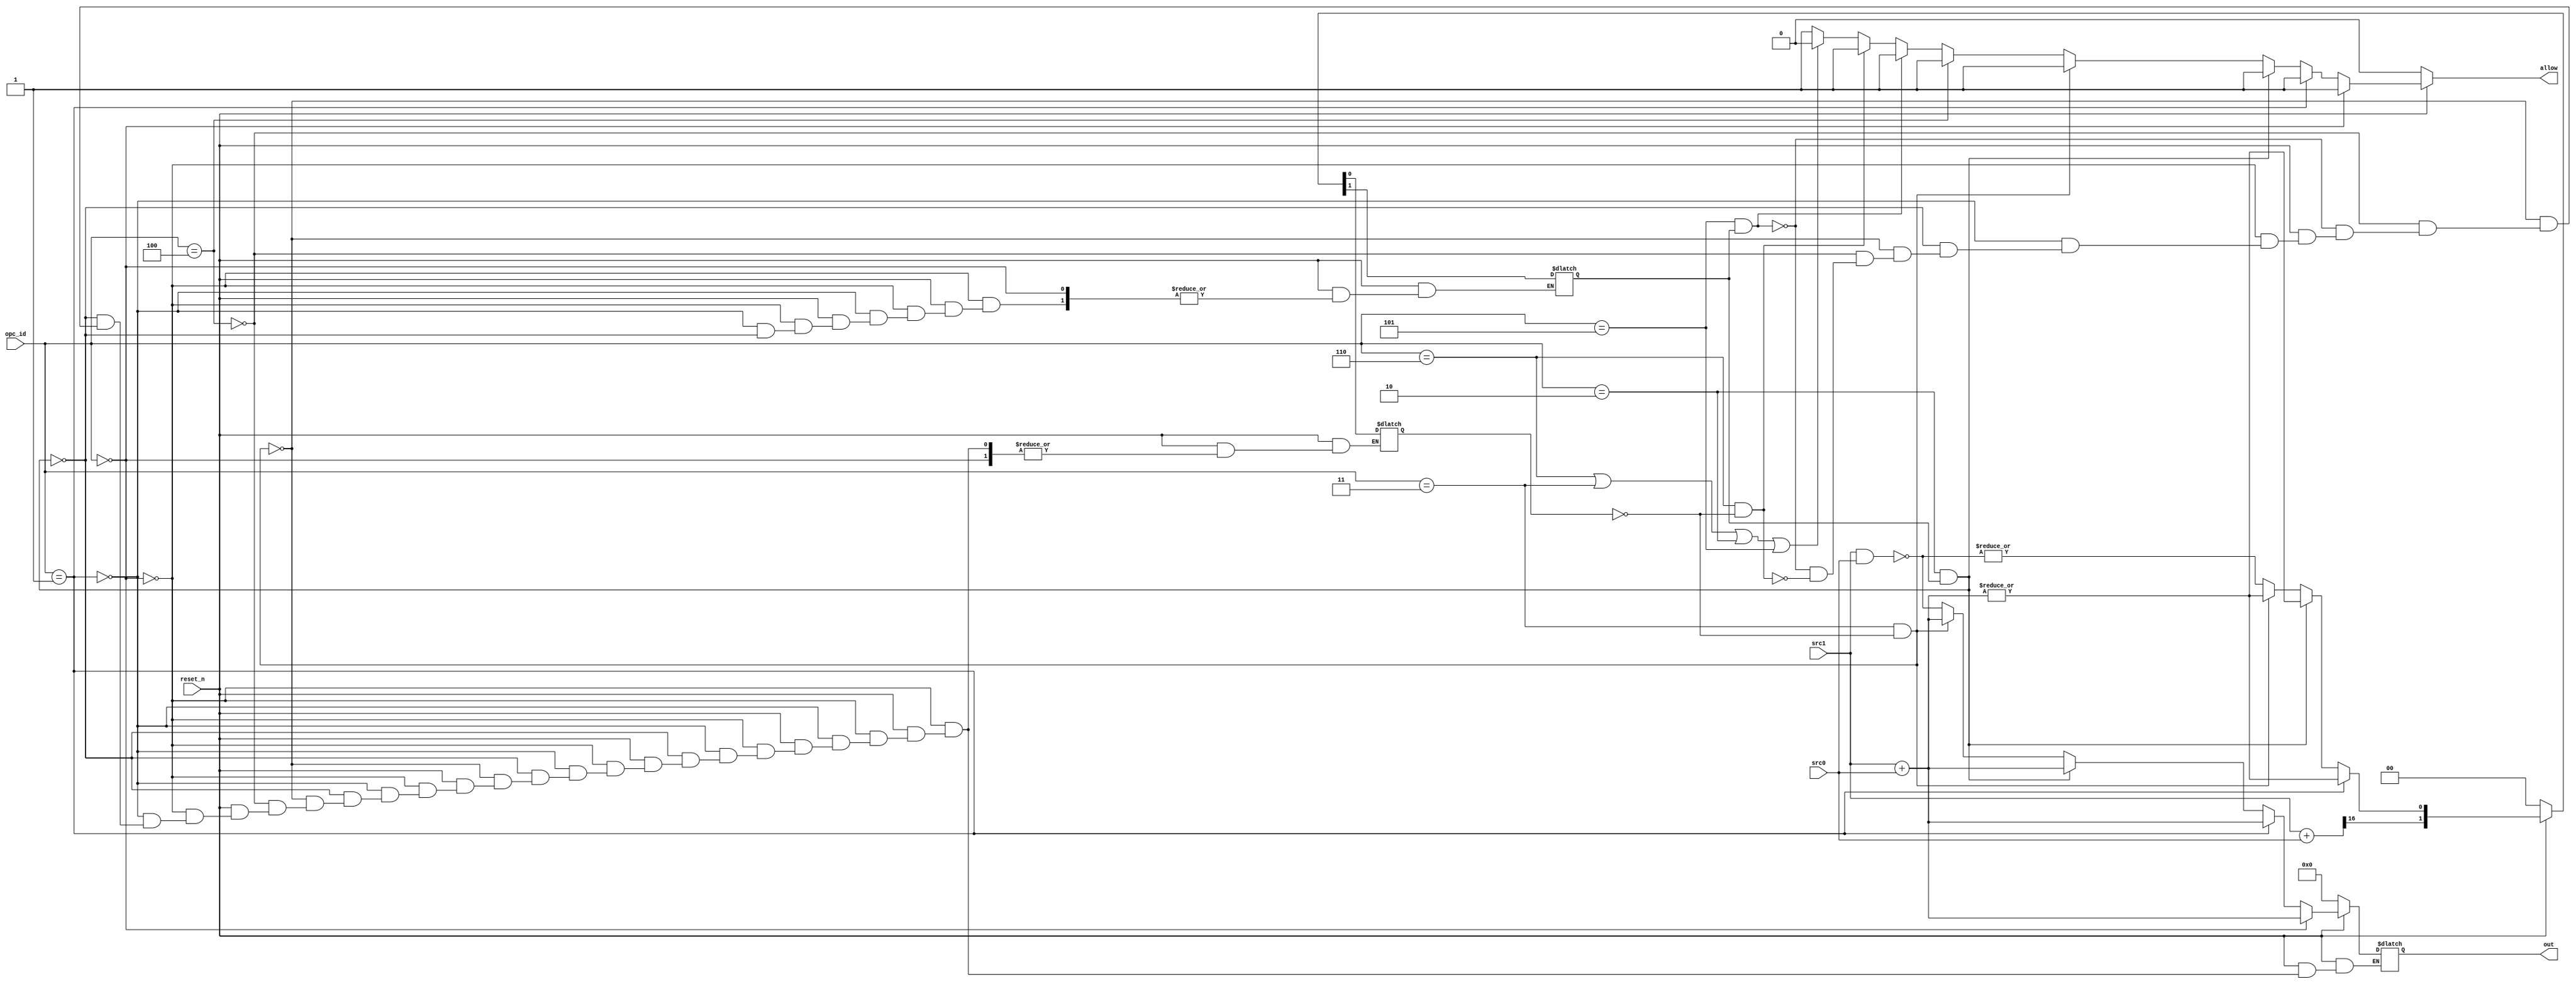
module alu (opc_id,src1,src0,out,reset_n,allow);
//ports
	input reset_n;
	input [2:0] opc_id;
	input [15:0] src0;
	input [15:0] src1;
	output reg [15:0] out;
	output reg allow;
//necessay const and addition
	reg [16:0] add;
	reg [1:0]flag;
			//	flag[1] = Carry 1 if carry generated
			//	flag[0]	= Zero 0 if all zero
//selection
	always @ (*)
	begin
		//reset_state					
		if(reset_n==1'b0)	
			begin
			allow=1'b0;
			out=16'h0000;
			add=17'b00000000000000000;
			flag=2'b00;
			end
		//No_FLAGCHANGE Addition	
		else if(opc_id==3'b000)
			begin
				allow=1'b1;
				out=src1+src0;
			end
		//FLAG_CHANGE_ADDITION NO COND
		else if(opc_id==3'b001)
			begin
				allow=1'b1;
				out=src1+src0;
				add=src1+src0;
				flag[1]=add[16];
				flag[0]=|out;
			end
		//FLAG_CHANGE_ADDITION C COND
		else if(opc_id==3'b010 && flag[1]==1'b1)
			begin			
				allow=1'b1;
				out=src1+src0;
				add=src1+src0;
				flag[1]=add[16];
				flag[0]=|out;
			end
		//FLAG_CHANGE_ADDITION Z COND
		else if(opc_id==3'b011 && flag[0]==1'b0)
			begin
				allow=1'b1;			
				out=src1+src0;
				add=src1+src0;
				flag[0]=|out;
			end
		//FLAG_CHANGE_NAND NO COND
		else if(opc_id==3'b100)
			begin
				allow=1'b1;
				out=~(src1&src0);
				flag[0]=|out;
			end
		//FLAG_CHANGE_ADDITION C COND
		else if(opc_id==3'b101 && flag[1]==1'b1)
			begin
				allow=1'b1;
				out=~(src1&src0);
				flag[0]=|out;
			end
		//FLAG_CHANGE_ADDITION Z COND
		else if(opc_id==3'b110 && flag[0]==1'b0)
			begin
				allow=1'b1;			
				out=~(src1&src0);
				flag[0]=|out;
			end
		//NOTA
		else
			begin
			if(opc_id==3'b110 || opc_id==3'b011 || opc_id==3'b010 || opc_id==3'b101  )	allow=1'b0;
			else allow=1'b1;
			end
	end

endmodule